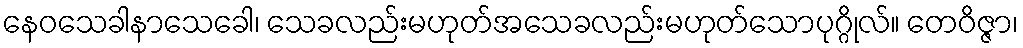
နေဝသေခါနာသေခေါ၊ သေခလည်းမဟုတ်အသေခလည်းမဟုတ်သောပုဂ္ဂိုလ်။ တေဝိဇ္ဇာ၊